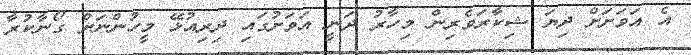
އެ އަވަށަށް ދިޔަ ޝިކާރަވެރިން މިހާރު ދަނީ އަވަށުގައި ދިރިއުޅޭ މީހުންނަށް ގޯނާކުރާ